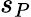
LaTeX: s_{P}